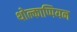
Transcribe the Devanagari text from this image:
थोल्काप्पियन